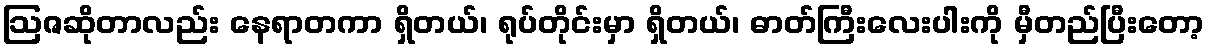
ဩဇဆိုတာလည်း နေရာတကာ ရှိတယ်၊ ရုပ်တိုင်းမှာ ရှိတယ်၊ ဓာတ်ကြီးလေးပါးကို မှီတည်ပြီးတော့